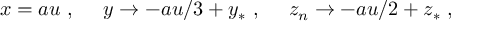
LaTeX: x = a u \ , \ \ \ \ y \rightarrow - a u / 3 + y _ { * } \ , \ \ \ \ z _ { n } \rightarrow - a u / 2 + z _ { * } \ ,